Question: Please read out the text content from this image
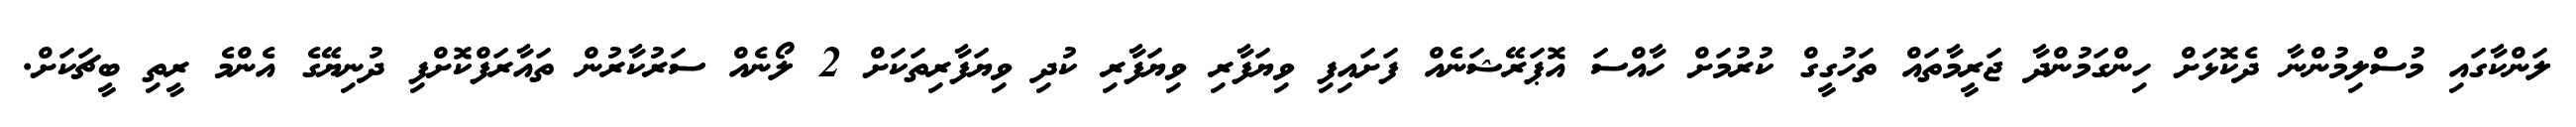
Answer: ލަންކާގައި މުސްލިމުންނާ ދެކޮޅަށް ހިންގަމުންދާ ޖަރީމާތައް ތަހުގީގް ކުރުމަށް ހާއްސަ އޮޕަރޭޝަނެއް ފަށައިފި ވިޔަފާރި ވިޔަފާރި ކުދި ވިޔަފާރިތަކަށް 2 ލޯނެއް ސަރުކާރުން ތައާރަފްކޮށްފި ދުނިޔޭގެ އެންމެ ރީތި ބީޗަކަށް.